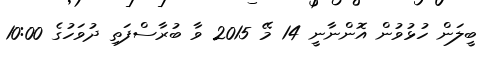
ބީލަން ހުޅުވުން އޮންނާނީ 14 މޭ 2015 ވާ ބުރާސްފަތި ދުވަހުގެ 10:00